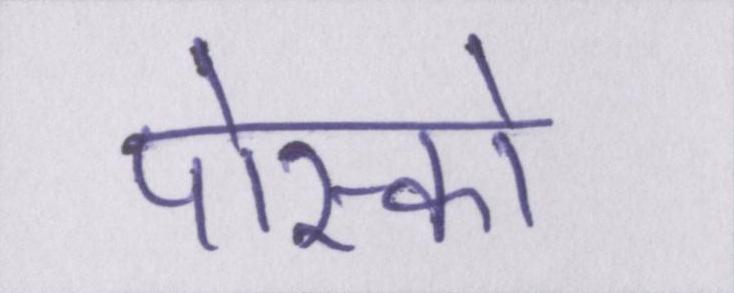
पोस्को